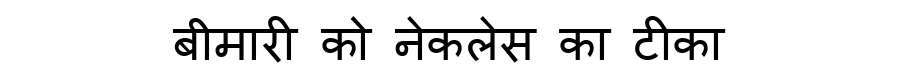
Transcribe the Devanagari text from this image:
बीमारी को नेकलेस का टीका